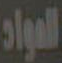
المواد